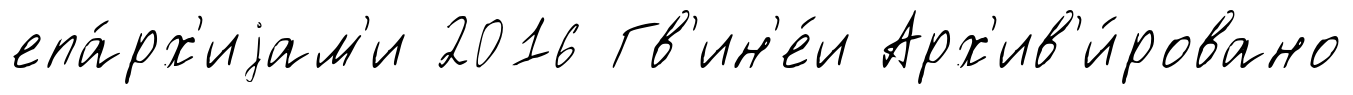
епа́рх'иjам'и 2016 Гв'ин'е́и Арх'ив'и́ровано